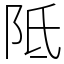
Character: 阺